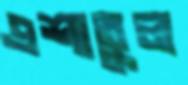
এশাতুল